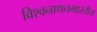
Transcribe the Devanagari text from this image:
विश्वनाथनभारतीय